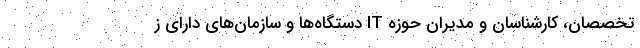
تخصصان، کارشناسان و مدیران حوزه IT دستگاه‌ها و سازمان‌های دارای ز